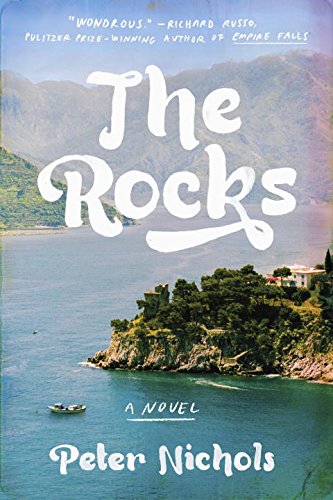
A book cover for The Rocks: A Novel; Peter Nichols; Literature & Fiction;